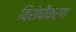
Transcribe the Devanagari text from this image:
विशेषीेकरण